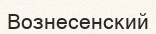
Вознесенский